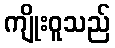
ကျိုးဝူသည်